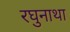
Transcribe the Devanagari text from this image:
रघुनाथा